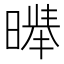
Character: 𱢣